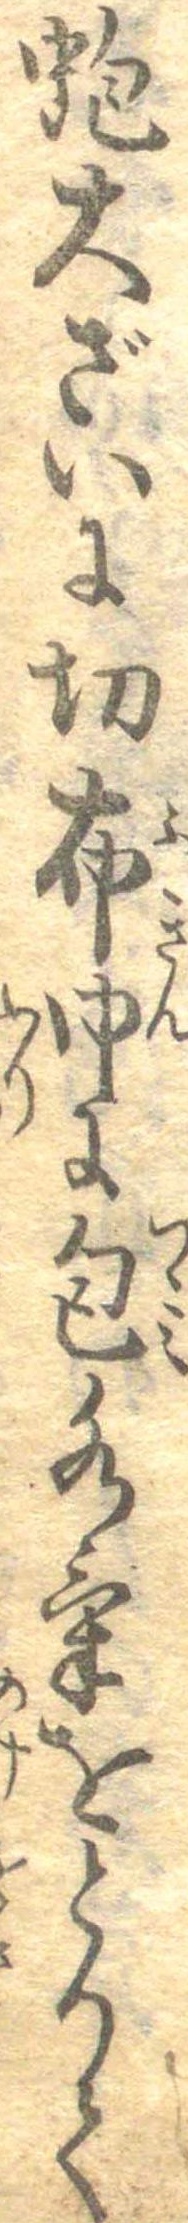
蚫大ざいに切布巾に包水気をとりて